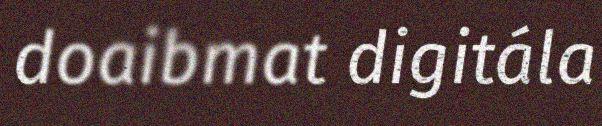
doaibmat digitála